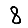
Digit: 8